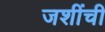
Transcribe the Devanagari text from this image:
जशींची